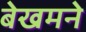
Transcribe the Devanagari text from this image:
बेखमने